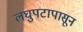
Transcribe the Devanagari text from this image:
लघुपटापासून